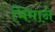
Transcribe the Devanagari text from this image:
भिमाने